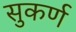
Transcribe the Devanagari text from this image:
सुकर्ण